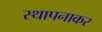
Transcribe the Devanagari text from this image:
स्थापनाकर